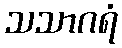
သသာဂရံ